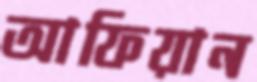
আফিয়ান